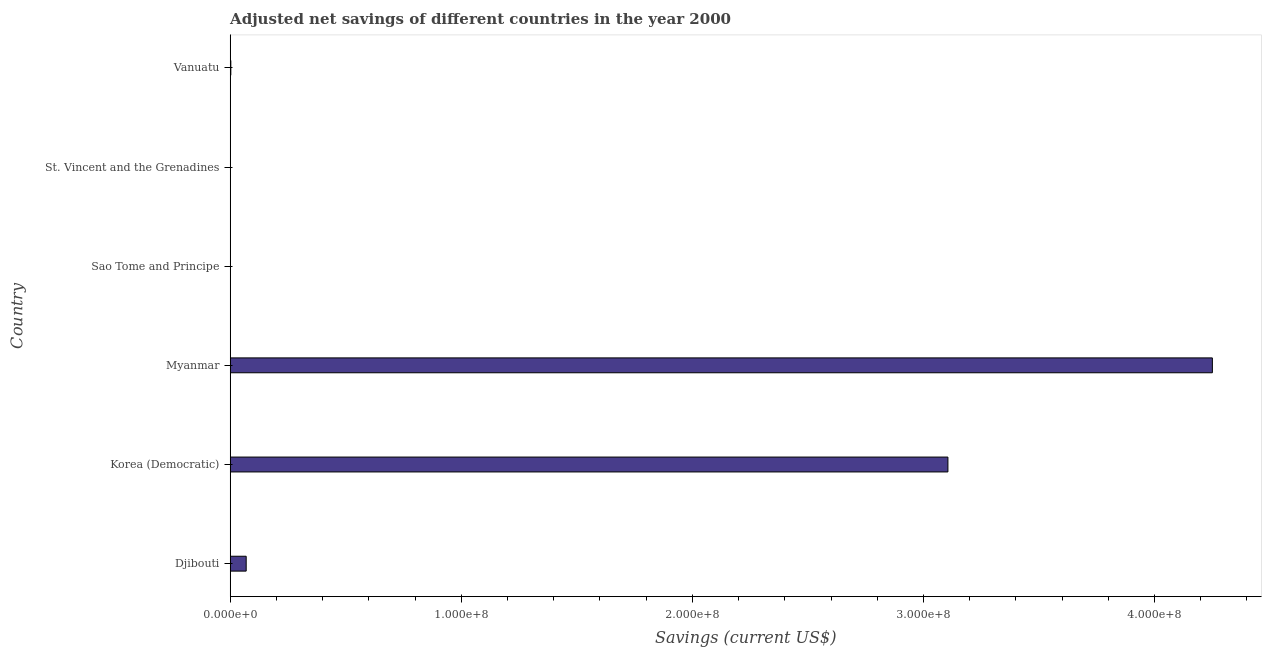
| Country | Adjusted savings: particulate emission damage (current US$) |
 | --- | --- |
 | Djibouti | 6.92e+06 |
 | Korea (Democratic) | 3.11e+08 |
 | Myanmar | 4.25e+08 |
 | Sao Tome and Principe | 1.9e+03 |
 | St. Vincent and the Grenadines | 4.99e+04 |
 | Vanuatu | 2.76e+05 |